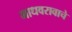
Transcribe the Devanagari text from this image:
माधवरावाचे